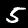
Label: 5